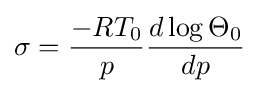
{\sigma ={-RT_{0} \over p}{d\log \Theta _{0} \over dp}}